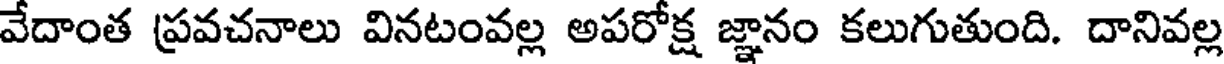
వేదాంత ప్రవచనాలు వినటంవల్ల అపరోక్ష జ్ఞానం కలుగుతుంది. దానివల్ల